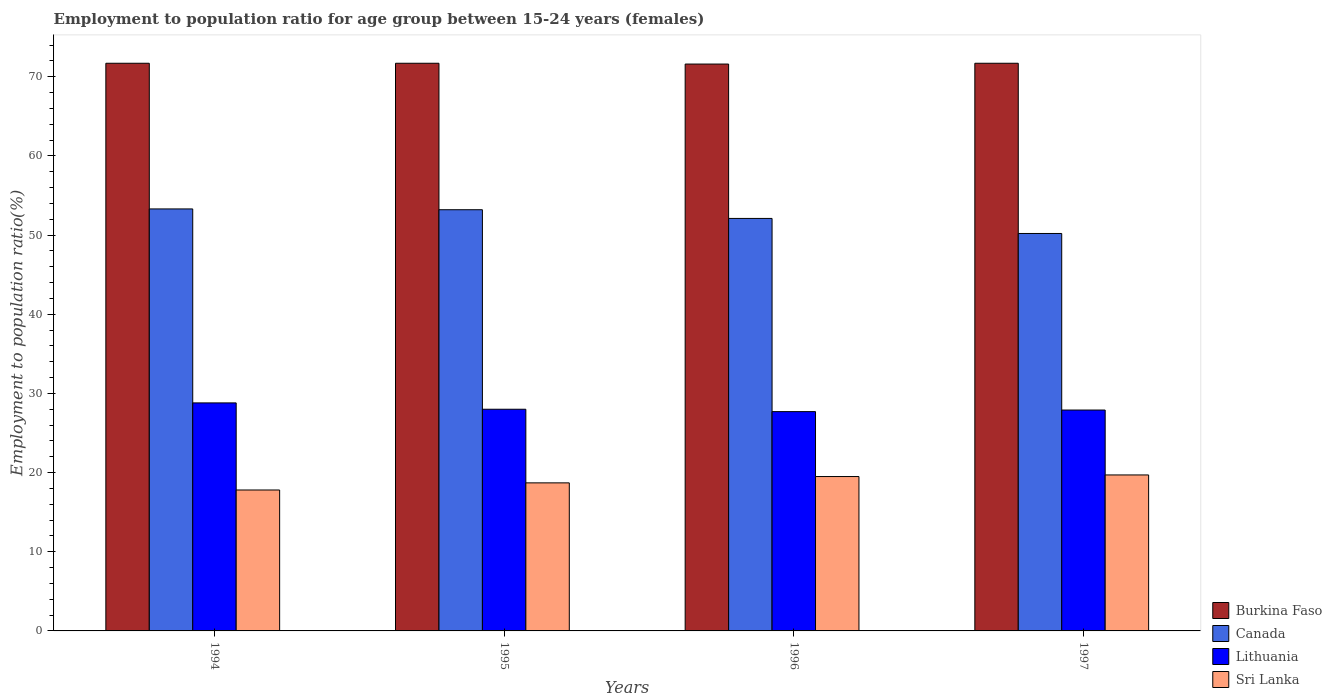
| Years | Burkina Faso | Canada | Lithuania | Sri Lanka |
 | --- | --- | --- | --- | --- |
 | 1994 | 71.7 | 53.3 | 28.8 | 17.8 |
 | 1995 | 71.7 | 53.2 | 28 | 18.7 |
 | 1996 | 71.6 | 52.1 | 27.7 | 19.5 |
 | 1997 | 71.7 | 50.2 | 27.9 | 19.7 |